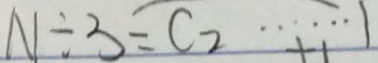
N \div 3 = C _ { 2 } \cdots 1